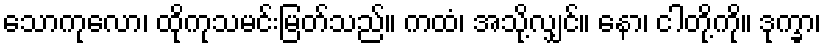
သောကုလော၊ ထိုကုသမင်းမြတ်သည်။ ကထံ၊ အသို့လျှင်။ နော၊ ငါတို့ကို။ ဒုက္ခာ၊